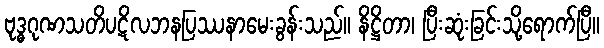
ဗုဒ္ဓဂုဏသတိပဋိလဘနပြဿနာမေးခွန်းသည်။ နိဋ္ဌိတာ၊ ပြီးဆုံးခြင်းသို့ရောက်ပြီ။